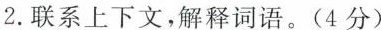
2.联系上下文，解释词语。(4分)